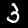
Label: 3